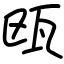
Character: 瓯